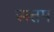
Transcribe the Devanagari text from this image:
सत्तम